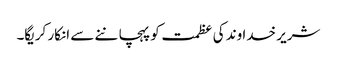
شریر خدا وند کی عظمت کو پہچا ننے سے انکار کریگا۔